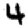
Digit: 4